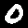
Label: 0